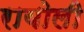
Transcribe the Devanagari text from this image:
रायोली